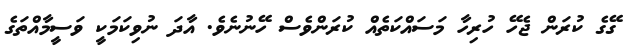
ގޭގެ ކުރަން ޖެހޭ ހުރިހާ މަސައްކަތެއް ކުރަންވެސް ހޭނުނެވެ. އާދަ ނުވިކަމަކީ ވަސީމާއްތަގެ